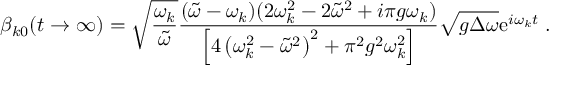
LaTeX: \beta _ { k 0 } ( t \to \infty ) = \sqrt { \frac { \omega _ { k } } { \tilde { \omega } } } \frac { ( \tilde { \omega } - \omega _ { k } ) ( 2 \omega _ { k } ^ { 2 } - 2 \tilde { \omega } ^ { 2 } + i \pi g \omega _ { k } ) } { \left[ 4 \left( \omega _ { k } ^ { 2 } - \tilde { \omega } ^ { 2 } \right) ^ { 2 } + \pi ^ { 2 } g ^ { 2 } \omega _ { k } ^ { 2 } \right] } \sqrt { g \Delta \omega } \mathrm { e } ^ { i \omega _ { k } t } \; .